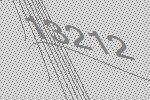
13212